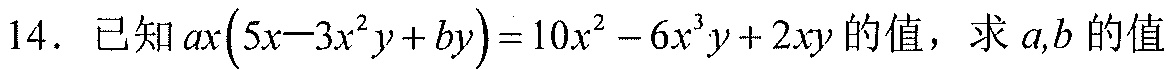
14. 已知 \(ax(5x - 3x^{2}y + by)=10x^{2}-6x^{3}y + 2xy\) 的值，求 \(a,b\) 的值